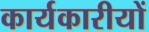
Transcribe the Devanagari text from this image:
कार्यकारीयों